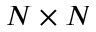
N \times N